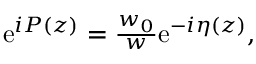
\begin{array} { r } { \mathrm { e } ^ { i P ( z ) } = \frac { w _ { 0 } } { w } \mathrm { e } ^ { - i \eta ( z ) } , } \end{array}